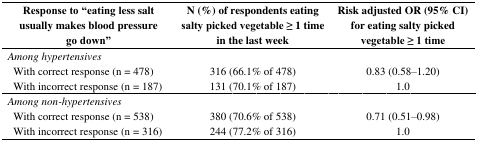
<table><thead><tr><td><b>Response to “eating less salt usually makes blood pressure go down”</b></td><td><b>N (%) of respondents eating salty picked vegetable ≥ 1 time in the last week</b></td><td><b>Risk adjusted OR (95% CI) for eating salty picked vegetable ≥ 1 time</b></td></tr></thead><tbody><tr><td><i>Among hypertensives</i></td><td></td><td></td></tr><tr><td>With correct response (n = 478)</td><td>316 (66.1% of 478)</td><td>0.83 (0.58–1.20)</td></tr><tr><td>With incorrect response (n = 187)</td><td>131 (70.1% of 187)</td><td>1.0</td></tr><tr><td><i>Among non-hypertensives</i></td><td></td><td></td></tr><tr><td>With correct response (n = 538)</td><td>380 (70.6% of 538)</td><td>0.71 (0.51–0.98)</td></tr><tr><td>With incorrect response (n = 316)</td><td>244 (77.2% of 316)</td><td>1.0</td></tr></tbody></table>